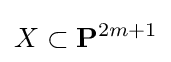
X\subset \mathbf {P} ^{2m+1}